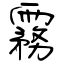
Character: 霧